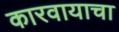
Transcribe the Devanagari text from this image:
कारवायाचा